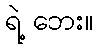
ရဲ့ ဘေး။